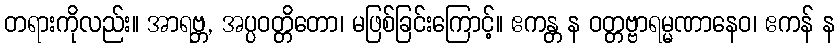
တရားကိုလည်း။ အာရဗ္ဘ, အပ္ပဝတ္တိတော၊ မဖြစ်ခြင်းကြောင့်။ ဧကန္တ န ဝတ္တဗ္ဗာရမ္မဏာနေဝ၊ ဧကန် န